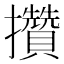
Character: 攢